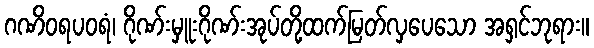
ဂဏိဝရပဝရံ၊ ဂိုဏ်းမှူးဂိုဏ်းအုပ်တို့ထက်မြတ်လှပေသော အရှင်ဘုရား။